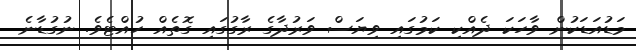
މަޑުއަޑަކުން ވާހަކަ ދެއްކި ކަމުގައި ވިޔަސް ވަރުދާގެ ރާގުގައި ގޮތެއް ހުއްޓެވެ. ނުގުޑާނެ